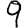
Digit: 9